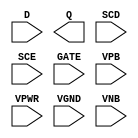
/**
 * Copyright 2020 The SkyWater PDK Authors
 *
 * Licensed under the Apache License, Version 2.0 (the "License");
 * you may not use this file except in compliance with the License.
 * You may obtain a copy of the License at
 *
 *     https://www.apache.org/licenses/LICENSE-2.0
 *
 * Unless required by applicable law or agreed to in writing, software
 * distributed under the License is distributed on an "AS IS" BASIS,
 * WITHOUT WARRANTIES OR CONDITIONS OF ANY KIND, either express or implied.
 * See the License for the specific language governing permissions and
 * limitations under the License.
 *
 * SPDX-License-Identifier: Apache-2.0
 */

`ifndef SKY130_FD_SC_HVL__SDLXTP_PP_SYMBOL_V
`define SKY130_FD_SC_HVL__SDLXTP_PP_SYMBOL_V

/**
 * sdlxtp: ????.
 *
 * Verilog stub (with power pins) for graphical symbol definition
 * generation.
 *
 * WARNING: This file is autogenerated, do not modify directly!
 */

`timescale 1ns / 1ps
`default_nettype none

(* blackbox *)
module sky130_fd_sc_hvl__sdlxtp (
    //# {{data|Data Signals}}
    input  D   ,
    output Q   ,

    //# {{scanchain|Scan Chain}}
    input  SCD ,
    input  SCE ,

    //# {{clocks|Clocking}}
    input  GATE,

    //# {{power|Power}}
    input  VPB ,
    input  VPWR,
    input  VGND,
    input  VNB
);
endmodule

`default_nettype wire
`endif  // SKY130_FD_SC_HVL__SDLXTP_PP_SYMBOL_V